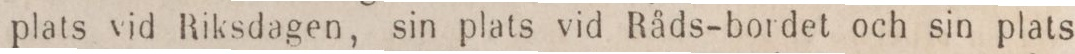
plats vid Riksdagen, sin plats vid Råds-bordet och sin plats